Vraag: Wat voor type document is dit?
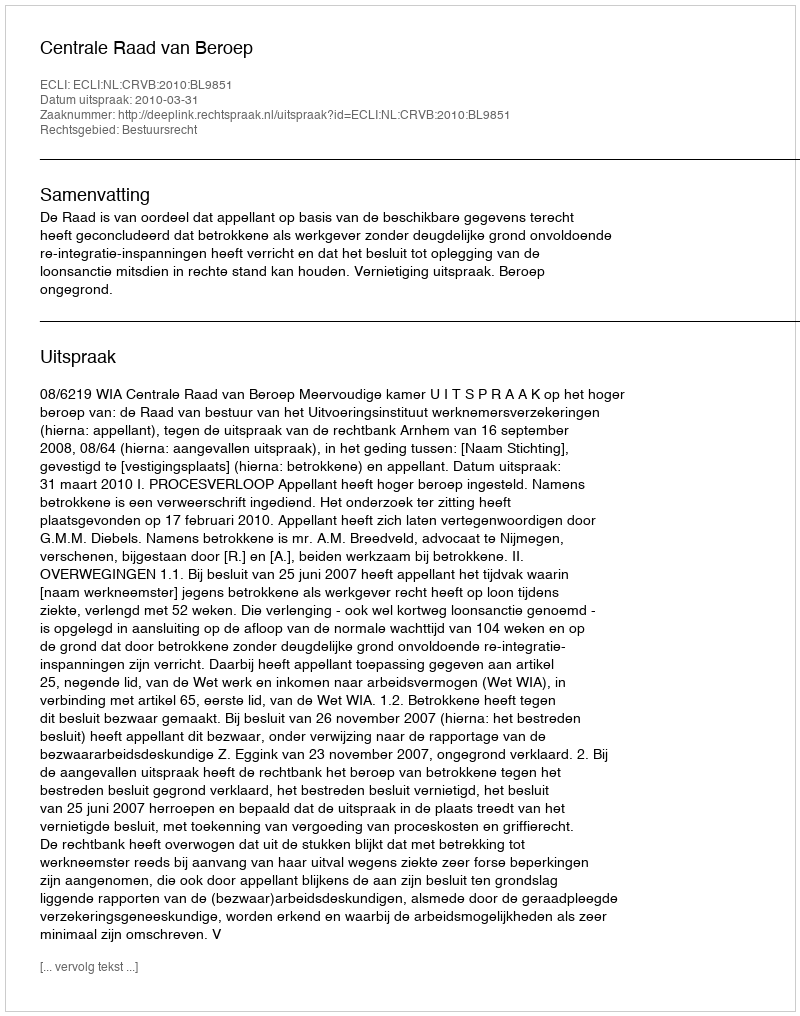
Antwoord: Uitspraak